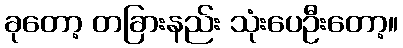
ခုတော့ တခြားနည်း သုံးပေဦးတော့။